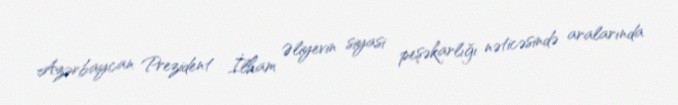
Azərbaycan Prezident İlham Əliyevin siyasi peşəkarlığı nəticəsində aralarında